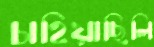
চাহিয়াছিলি